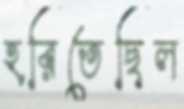
হরিতেছিল